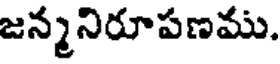
జన్మనిరూపణము.